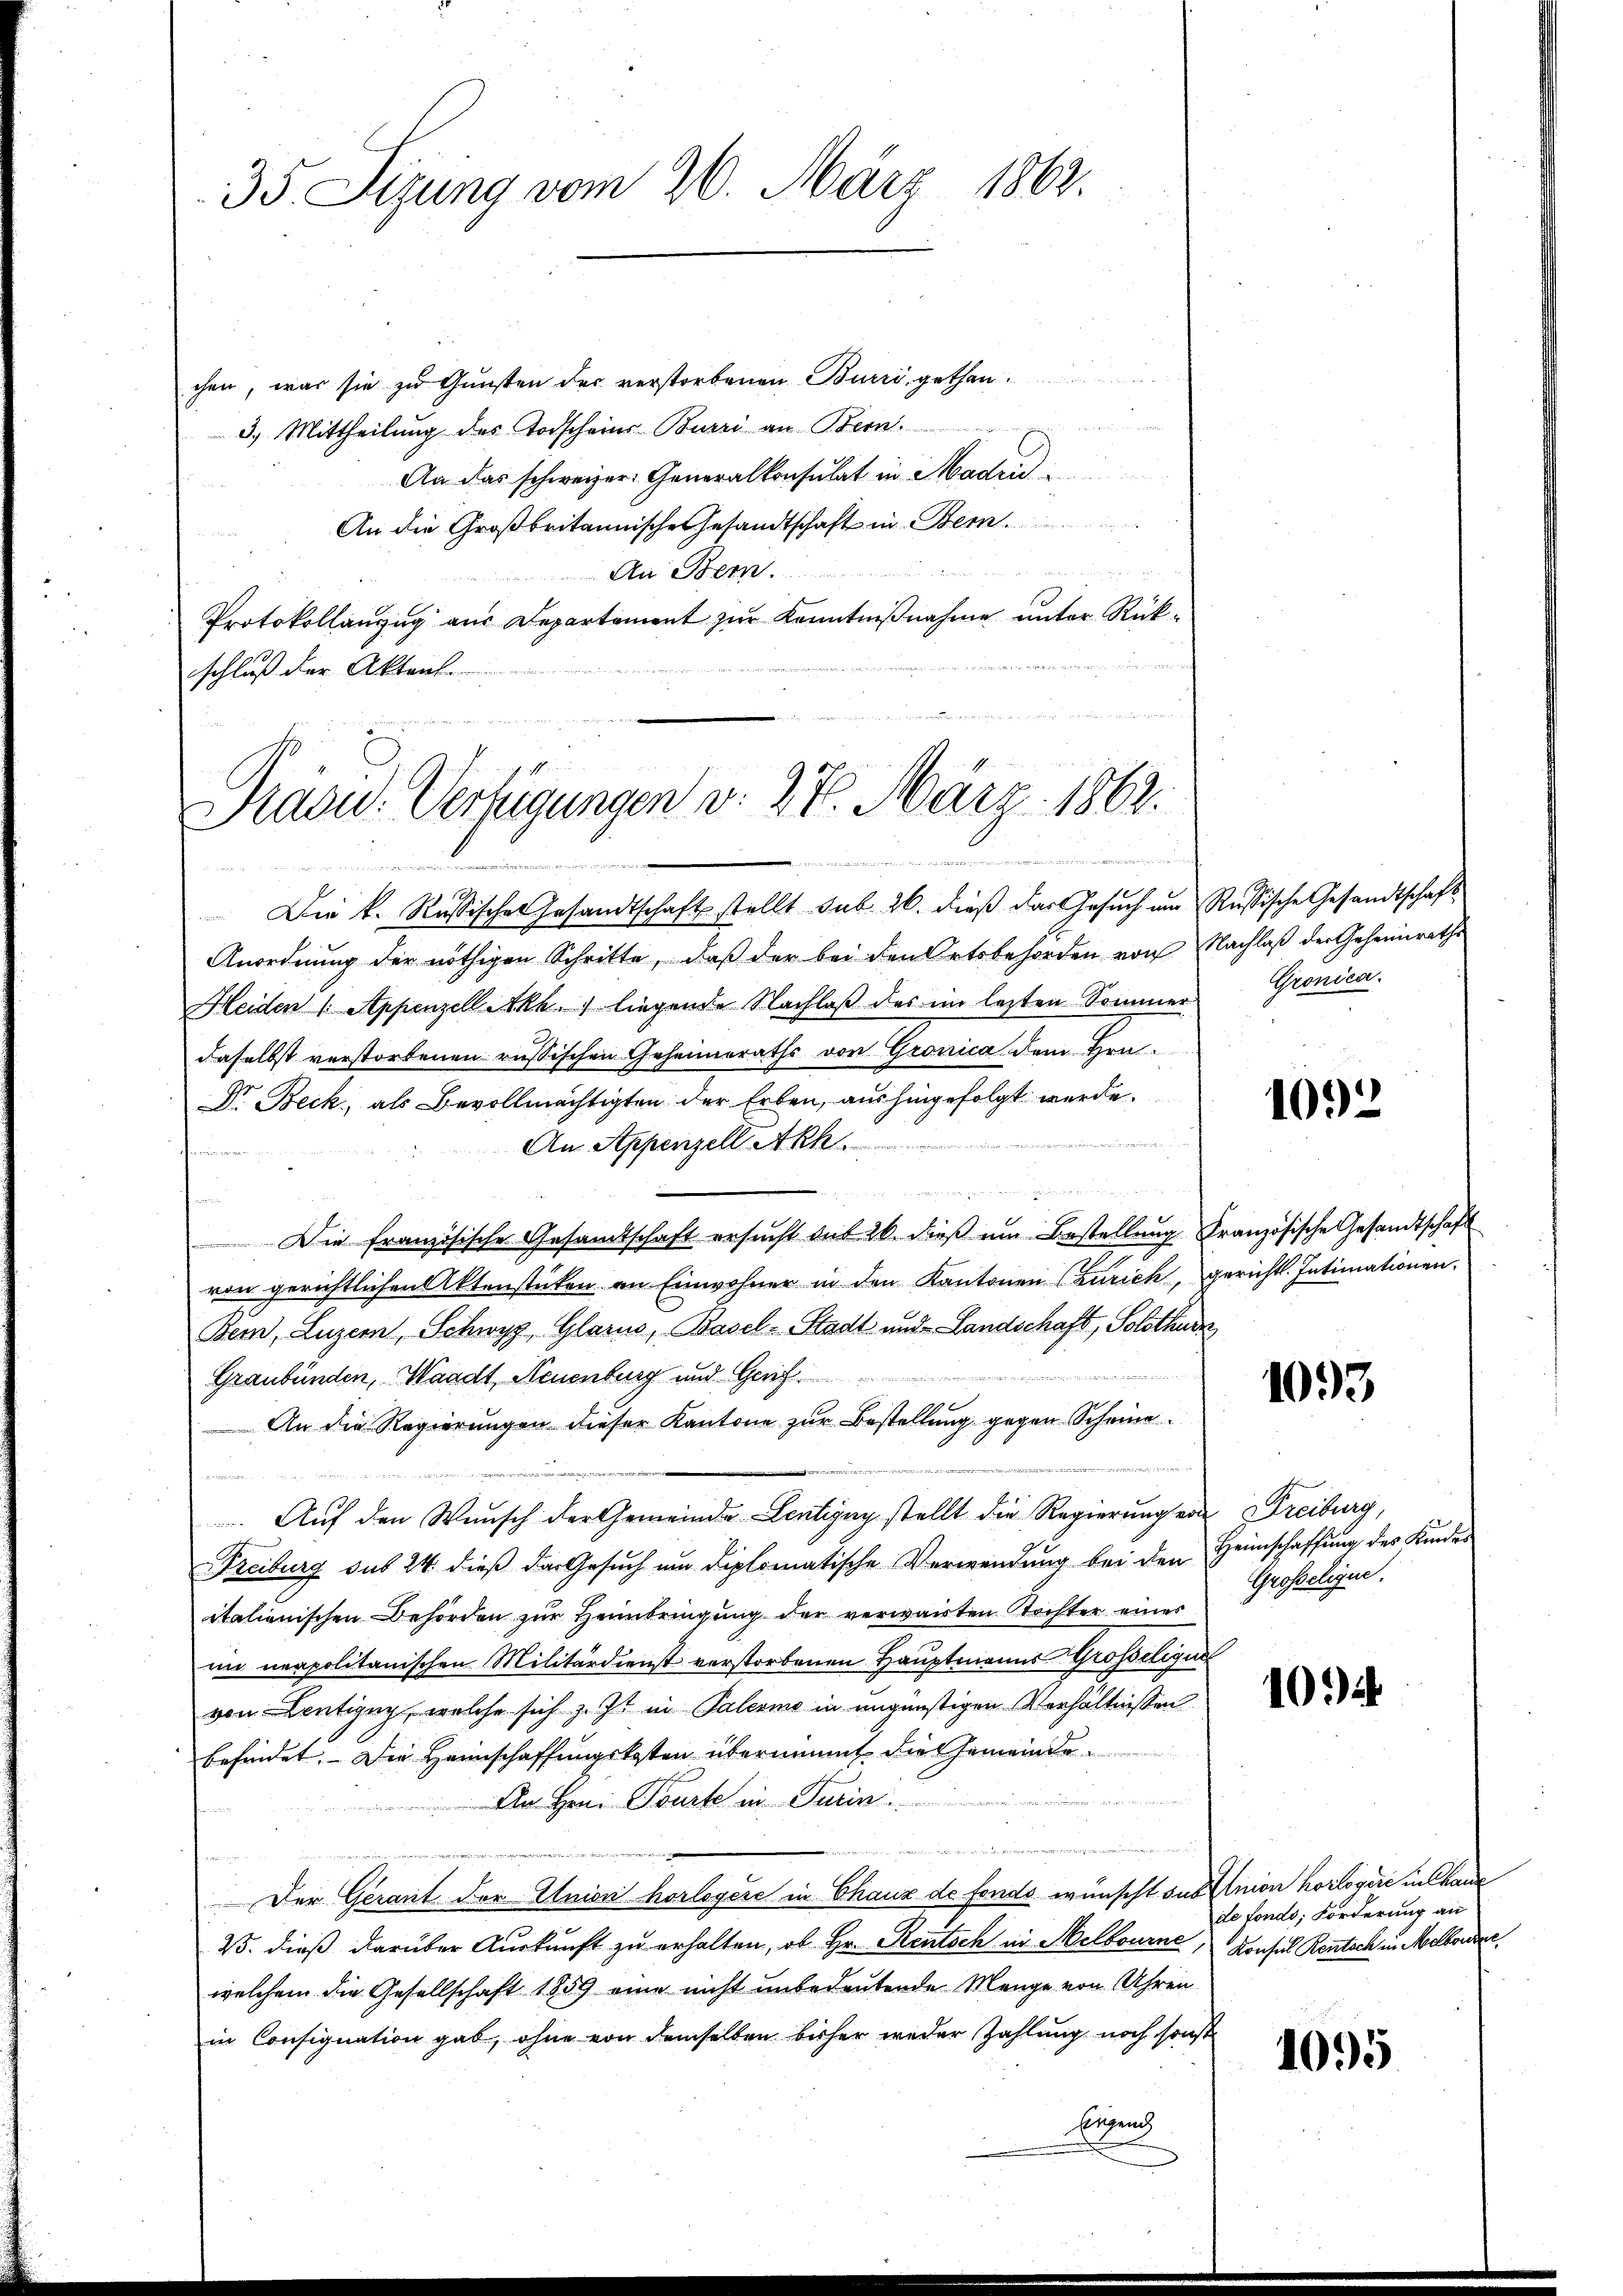
35. Sizung vom 26. März 1862.

chen, was sie zu Gunsten der verstorbenen Burri, gethan.
3.) Mittheilung des Todscheins Burri an Bern.
An das schweizer Generalkonsulat in Madrid
An die Großbritannische Gesandtschaft in Bern.
An Bern.
Protokollanzug aus Departement zŭr Kenntniβnahme unter Rück-
schluß der Akten.

Präsid.. Verfügungen v. 27. März 1862.
.

a

Die k. Russisches Gesandtschaft stellt sub 26. dieß das Gesuch um Russische Gesandtschaft
Anordnung der nöthigen Schritte, daß der bei den Ortsbehörden von Nachlaß der Geheimraths
Heiden 1. Appenzell Akh.) liegende Nachlaß des im lezten Sommer
daselbst verstorbenen russischen Geheimeraths von Gronica dem Hrn.
Dr. Beck, als Bevollmächtigten der Erben, aushingefolgt werde.
denn der

An Appenzell Akh
 . . 1849
de der Schule zu ver
Bei derse
Die französische Gesandtschaft ersŭcht dit 20. dieβ ŭm Bestellung französische Gesandtschaft
von gerichtlichen Aktenstücken an Einwohner in den Kantonen (Zürich, gericht. Intimationen.
Bern, Luzern, Schwyz, Glarus, Basel-Stadt und Landschaft, Solothurn
2, Freien, wie weise in mit
Graubünden, Waadt, Neuenburg und Geri
An die Regierungen dieser Kantone zur Bestellung gegen Scheine

Auf den Wunsch der Gemeinde Lentigny stellt die Regierungen Freiburg,
Freiburg sub 24 dieß das Gesuch um diplomatische Verwendung bei den Heimschaffung des Kindes
italienischen Behörden zur Heibringung der verwarten Tochter eines
im neapolitanischen Militärdienst verstorbenen Hauptmanns Grosseligun
von Centigny, welche sich z. Zt. in Palermo in ungünstigen Verhältnissen
befindet. Die Heimschaffungskosten übernimmt die Gemeinde¬
An Hrn. Tourte in Turin
Der Gerant der Union horlegere in Chaux de fonds wünscht sub Inion horloger in Chaus
25. dieß darüber Auskunft zu erhalten, ob Hr. Rentsch in Melbourne Konsul Rentsch in Modbonder
welchem die Gesellschaft 1859 eine nicht unbedeutende Menge von Uhren
in Consignation gab, ohne von demselben bisher weder Zahlung noch sonst
Einnach

Gronica.

1032

1093

Grosseligne.

10.

de fonds, Forderung an

1095